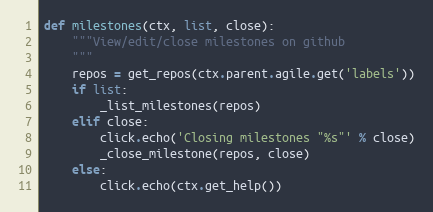
Language: Python
def milestones(ctx, list, close):
    """View/edit/close milestones on github
    """
    repos = get_repos(ctx.parent.agile.get('labels'))
    if list:
        _list_milestones(repos)
    elif close:
        click.echo('Closing milestones "%s"' % close)
        _close_milestone(repos, close)
    else:
        click.echo(ctx.get_help())